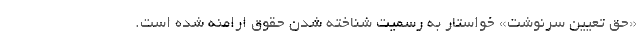
«حق تعیین سرنوشت» خواستار به رسمیت شناخته شدن حقوق ارامنه شده است.